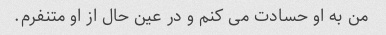
من به او حسادت می کنم و در عین حال از او متنفرم.